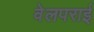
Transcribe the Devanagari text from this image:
वेलपराई